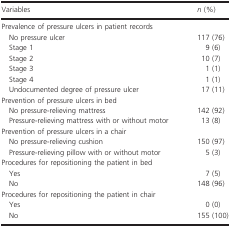
<table><thead><tr><td><b>Variables</b></td><td><b><i>n</i> (%)</b></td></tr></thead><tbody><tr><td colspan="2">Prevalence of pressure ulcers in patient records </td></tr><tr><td>No pressure ulcer </td><td>117 (76)</td></tr><tr><td>Stage 1</td><td>9 (6)</td></tr><tr><td>Stage 2 </td><td>10 (7)</td></tr><tr><td>Stage 3 </td><td>1 (1)</td></tr><tr><td>Stage 4 </td><td>1 (1)</td></tr><tr><td>Undocumented degree of pressure ulcer </td><td>17 (11)</td></tr><tr><td colspan="2">Prevention of pressure ulcers in bed </td></tr><tr><td>No pressure‐relieving mattress </td><td>142 (92)</td></tr><tr><td>Pressure‐relieving mattress with or without motor</td><td>13 (8)</td></tr><tr><td colspan="2">Prevention of pressure ulcers in a chair</td></tr><tr><td>No pressure‐relieving cushion</td><td>150 (97)</td></tr><tr><td>Pressure‐relieving pillow with or without motor</td><td>5 (3)</td></tr><tr><td colspan="2">Procedures for repositioning the patient in bed </td></tr><tr><td>Yes </td><td>7 (5)</td></tr><tr><td>No </td><td>148 (96)</td></tr><tr><td colspan="2">Procedures for repositioning the patient in chair</td></tr><tr><td>Yes</td><td>0 (0)</td></tr><tr><td>No </td><td>155 (100) </td></tr></tbody></table>